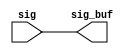
module sctag_cpx_rptr_0 (
   sig_buf, 
   sig
   );
output	[163:0]	sig_buf;
input	[163:0]	sig;
assign	sig_buf  = sig;
endmodule